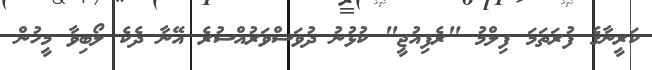
ކަރީނާގެ ފުރަތަމަ ފިލްމު "ރެފިއުޖީ" ކުޅުނު ދުވަސްވަރުއްސުރެ އޭނާ ދެކެ ލޯބިވާ މީހުން